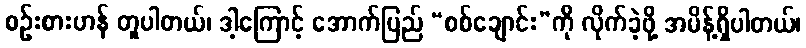
စဉ်းစားဟန် တူပါတယ်၊ ဒါ့ကြောင့် အောက်ပြည် “စစ်ချောင်း”ကို လိုက်ခဲ့ဖို့ အမိန့်ရှိပါတယ်၊